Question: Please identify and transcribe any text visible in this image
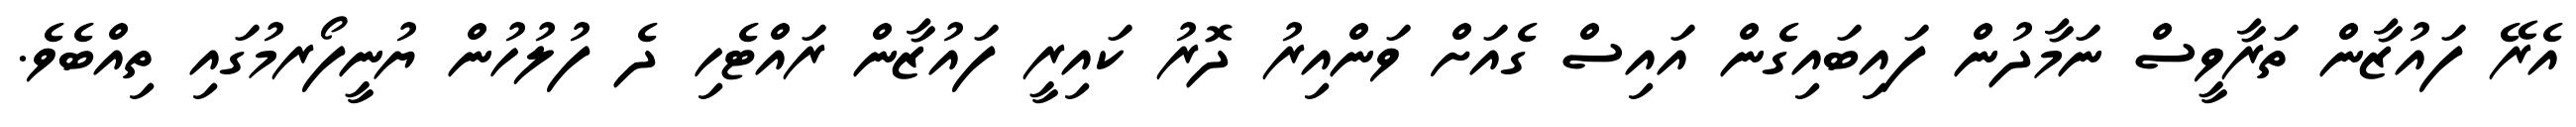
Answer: އެރޭ ފައުޒާން ތަރާވީސް ނަމާދުން ފައިބައިގެން އައިސް ގެއަށް ވަންއިރު ދޮރު ކައިރީ ފައުޒާން ރައްޓެހި ދެ ފުލުހުން ޔުނީފޯރމުގައި ތިއްބެވެ.